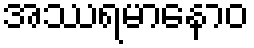
အဿရမာနောဝ